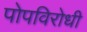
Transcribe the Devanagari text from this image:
पोपविरोधी